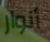
أنوار